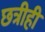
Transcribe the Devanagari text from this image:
छत्रीही